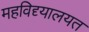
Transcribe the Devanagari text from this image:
महविद्द्यालयत